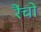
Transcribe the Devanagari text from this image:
रैंचो